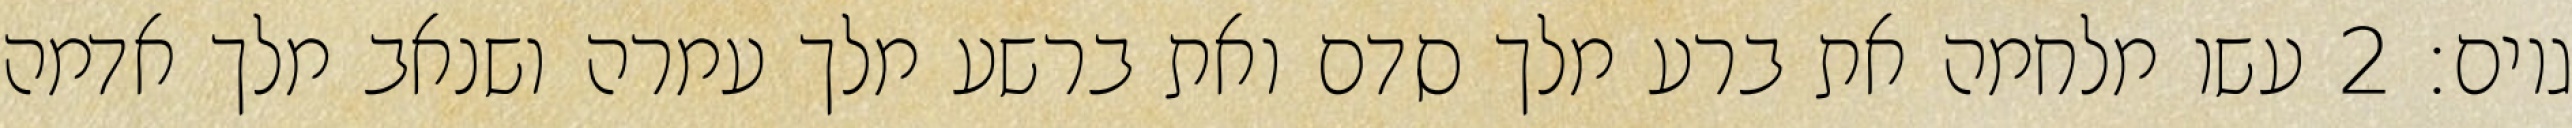
גוים׃ ‎2‏ עשו מלחמה את ברע מלך סדם ואת ברשע מלך עמרה ושנאב מלך אדמה